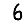
Digit: 6